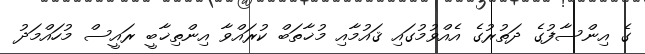
ގެ އިންސާފުގެ ދަތުރުގެ އެއްވުމުގައި ޤައުމާއި މުޚާތަބް ކުރައްވާ އިންތިޚާބީ ރައީސް މުހައްމަދު